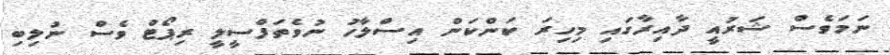
ނަމަވެސް ޝަރުއީ ދާއިރާގައި މިހިރަ ކަންކަން އިސްލާހު ނުވެތަފްސީލީ ރިޕޯޓް ވެސް ނުލިބި